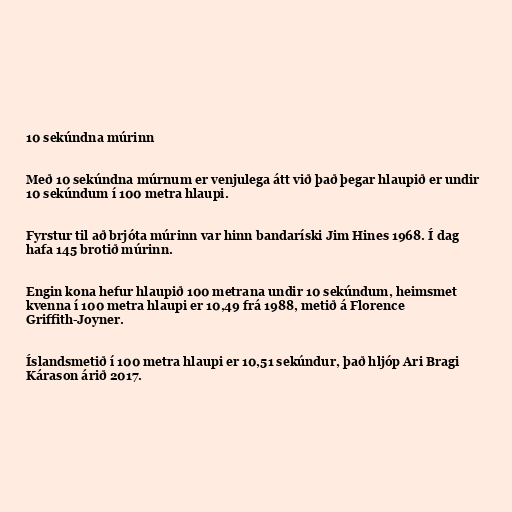
10 sekúndna múrinn

Með 10 sekúndna múrnum er venjulega átt við það þegar hlaupið er undir
10 sekúndum í 100 metra hlaupi.

Fyrstur til að brjóta múrinn var hinn bandaríski Jim Hines 1968. Í dag
hafa 145 brotið múrinn.

Engin kona hefur hlaupið 100 metrana undir 10 sekúndum, heimsmet
kvenna í 100 metra hlaupi er 10,49 frá 1988, metið á Florence
Griffith-Joyner.

Íslandsmetið í 100 metra hlaupi er 10,51 sekúndur, það hljóp Ari Bragi
Kárason árið 2017.